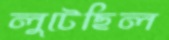
লুটেছিল